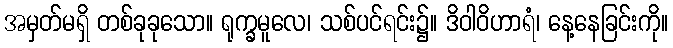
အမှတ်မရှိ တစ်ခုခုသော။ ရုက္ခမူလေ၊ သစ်ပင်ရင်း၌။ ဒိဝါဝိဟာရံ၊ နေ့နေခြင်းကို။